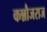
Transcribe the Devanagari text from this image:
कन्नौजराज